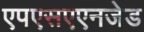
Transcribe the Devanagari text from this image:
एपएसएएनजेड